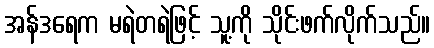
အန်ဒရေက မရဲတရဲဖြင့် သူ့ကို သိုင်းဖက်လိုက်သည်။